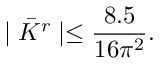
\mid \bar { K } ^ { r } \mid \leq \frac { 8 . 5 } { 1 6 \pi ^ { 2 } } .